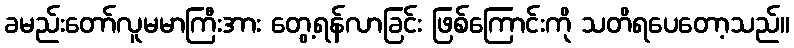
ခမည်းတော်လူမမာကြီးအား တွေ့ရန်လာခြင်း ဖြစ်ကြောင်းကို သတိရပေတော့သည်။